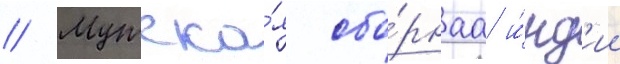
// Мужска́я сбо́рнаа и́нд'ии